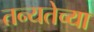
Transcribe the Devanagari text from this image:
तन्यतेच्या